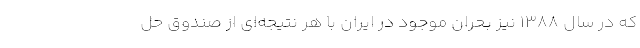
كه در سال ۱۳۸۸ نيز بحران موجود در ایران با هر نتيجه‌ای از صندوق حل